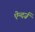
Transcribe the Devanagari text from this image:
ऐन्दर्ज़